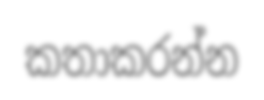
කතාකරන්න